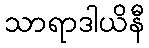
သာရာဒါယိနီ